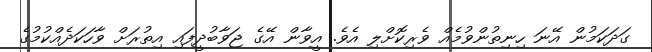
ގަދަކަމުން އޭނަ ހިނިތުންވުމެއް ވެރިކޮށްލި އެވެ. އީވާން އޭގެ ޖަވާބުދީފައި އިތުރަށް ވާހަކަދެއްކުމުގެ